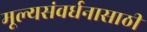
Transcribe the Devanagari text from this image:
मूल्यसंवर्धनासाठी